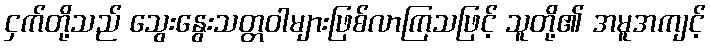
ငှက်တို့သည် သွေးနွေးသတ္တဝါများဖြစ်လာကြသဖြင့် သူတို့၏ အမူအကျင့်